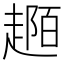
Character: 𧼟